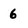
Character: 6